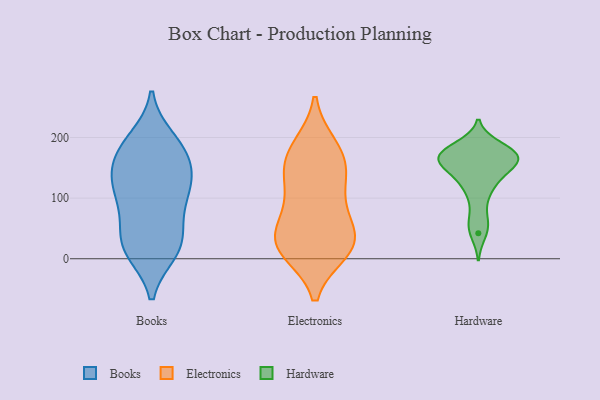
{"axis": {"x": "Latency (ms)", "y": "Value"}, "legend": ["Books", "Electronics", "Hardware"], "data": [{"x": "", "y": 122, "type": "Books"}, {"x": "", "y": 111, "type": "Books"}, {"x": "", "y": 76, "type": "Books"}, {"x": "", "y": 33, "type": "Books"}, {"x": "", "y": 60, "type": "Books"}, {"x": "", "y": 132, "type": "Books"}, {"x": "", "y": 147, "type": "Books"}, {"x": "", "y": 179, "type": "Books"}, {"x": "", "y": 28, "type": "Books"}, {"x": "", "y": 12, "type": "Books"}, {"x": "", "y": 123, "type": "Books"}, {"x": "", "y": 162, "type": "Books"}, {"x": "", "y": 192, "type": "Books"}, {"x": "", "y": 14, "type": "Books"}, {"x": "", "y": 101, "type": "Books"}, {"x": "", "y": 175, "type": "Books"}, {"x": "", "y": 198, "type": "Books"}, {"x": "", "y": 11, "type": "Books"}, {"x": "", "y": 86, "type": "Electronics"}, {"x": "", "y": 162, "type": "Electronics"}, {"x": "", "y": 53, "type": "Electronics"}, {"x": "", "y": 134, "type": "Electronics"}, {"x": "", "y": 184, "type": "Electronics"}, {"x": "", "y": 87, "type": "Electronics"}, {"x": "", "y": 16, "type": "Electronics"}, {"x": "", "y": 31, "type": "Electronics"}, {"x": "", "y": 17, "type": "Electronics"}, {"x": "", "y": 131, "type": "Electronics"}, {"x": "", "y": 154, "type": "Electronics"}, {"x": "", "y": 26, "type": "Electronics"}, {"x": "", "y": 12, "type": "Electronics"}, {"x": "", "y": 32, "type": "Electronics"}, {"x": "", "y": 186, "type": "Electronics"}, {"x": "", "y": 185, "type": "Hardware"}, {"x": "", "y": 168, "type": "Hardware"}, {"x": "", "y": 134, "type": "Hardware"}, {"x": "", "y": 97, "type": "Hardware"}, {"x": "", "y": 176, "type": "Hardware"}, {"x": "", "y": 174, "type": "Hardware"}, {"x": "", "y": 177, "type": "Hardware"}, {"x": "", "y": 122, "type": "Hardware"}, {"x": "", "y": 145, "type": "Hardware"}, {"x": "", "y": 61, "type": "Hardware"}, {"x": "", "y": 175, "type": "Hardware"}, {"x": "", "y": 152, "type": "Hardware"}, {"x": "", "y": 158, "type": "Hardware"}, {"x": "", "y": 117, "type": "Hardware"}, {"x": "", "y": 42, "type": "Hardware"}, {"x": "", "y": 166, "type": "Hardware"}, {"x": "", "y": 168, "type": "Hardware"}, {"x": "", "y": 162, "type": "Hardware"}, {"x": "", "y": 54, "type": "Hardware"}, {"x": "", "y": 164, "type": "Hardware"}]}